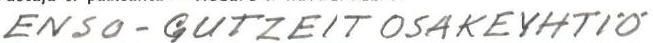
ENSO-GUTZEIT OSAKEYHTIÖ